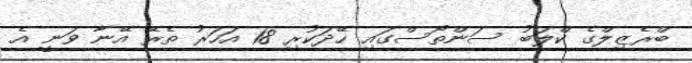
ބްރެޒިލްގެ ކްލަބު ސަންތޯސްގައި ހޭދަކުރި 18 އަހަރު ތެރޭ އޭނާ ވަނީ އެ